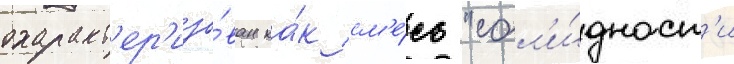
охаракт'ер'изо́ван ка́к см'е́сь "сол'и́дност'и